Document type: Sale
Year: 1499
Scribe: Joan Martínez de Sòria
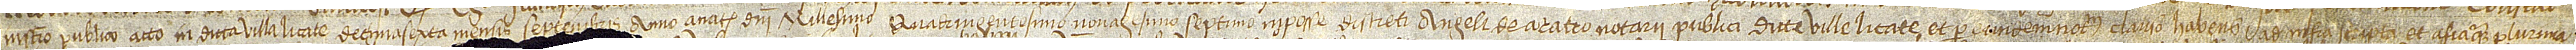
instrumento publico acto in dicta villa Licate decimasexta mensis septembris, anno a Nativitate Domini millesimo quadringentesimo nonagesimo septimo, in posse discreti Angeli de Aratro, notarii publici dicte ville Licate, et per eundem notarium clauso, habens ad infra scripta et alia quam plurima